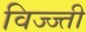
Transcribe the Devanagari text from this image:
विज्ज्ती